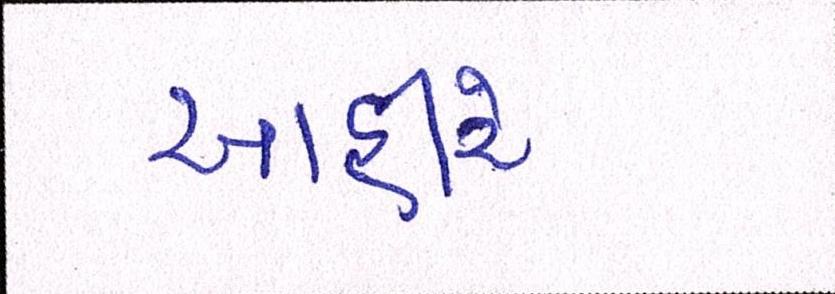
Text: આહીરે